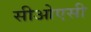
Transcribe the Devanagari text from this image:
सीओएसी